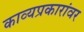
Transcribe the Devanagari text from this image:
काव्यप्रकारांवर